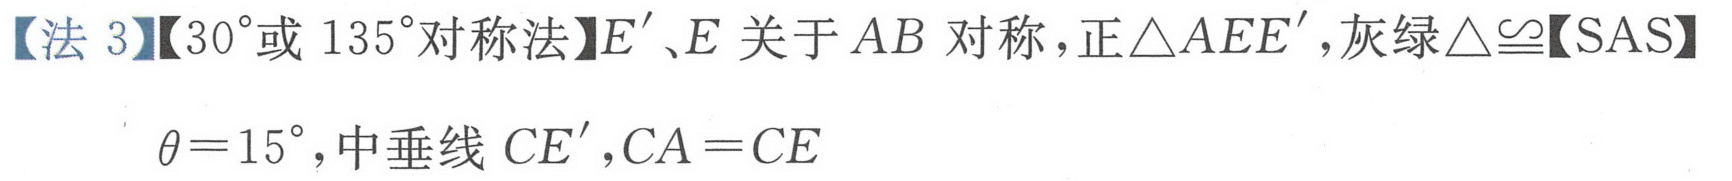
【法 3】【\(30^{\circ}\)或 \(135^{\circ}\)对称法】\(E'\)、\(E\) 关于 \(AB\) 对称，正\(\triangle AEE'\)，灰绿\(\triangle\cong\)【SAS】\(\theta = 15^{\circ}\)，中垂线 \(CE'\)，\(CA = CE\)